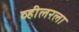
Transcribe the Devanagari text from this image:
व्हीलरला